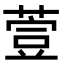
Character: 𦷳